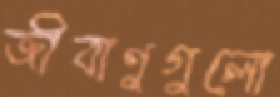
জীবাণুগুলো